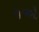
જએ